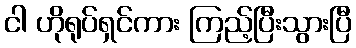
ငါ ဟိုရုပ်ရှင်ကား ကြည့်ပြီးသွားပြီ